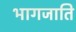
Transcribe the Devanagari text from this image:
भागजाति